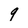
Character: q